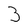
Character: 3